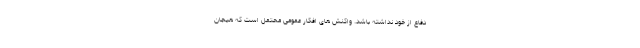
دفاع از خود نداشته باشد. واکنش های افکار عمومی محتمل است که هیجان